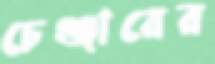
চেঞ্জারের